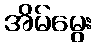
အိမ်မွေး